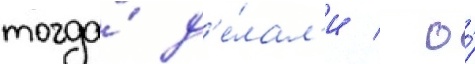
тогда́ д'е́лал'и / о́